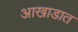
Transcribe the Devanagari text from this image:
आखाडात